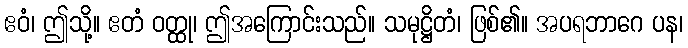
ဧဝံ၊ ဤသို့။ ဧတံ ဝတ္ထု၊ ဤအကြောင်းသည်။ သမုဋ္ဌိတံ၊ ဖြစ်၏။ အပရဘာဂေ ပန၊